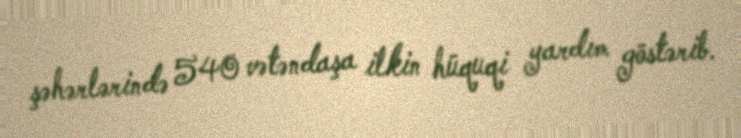
şəhərlərində 540 vətəndaşa ilkin hüquqi yardım göstərib.